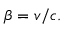
\beta = v / c .